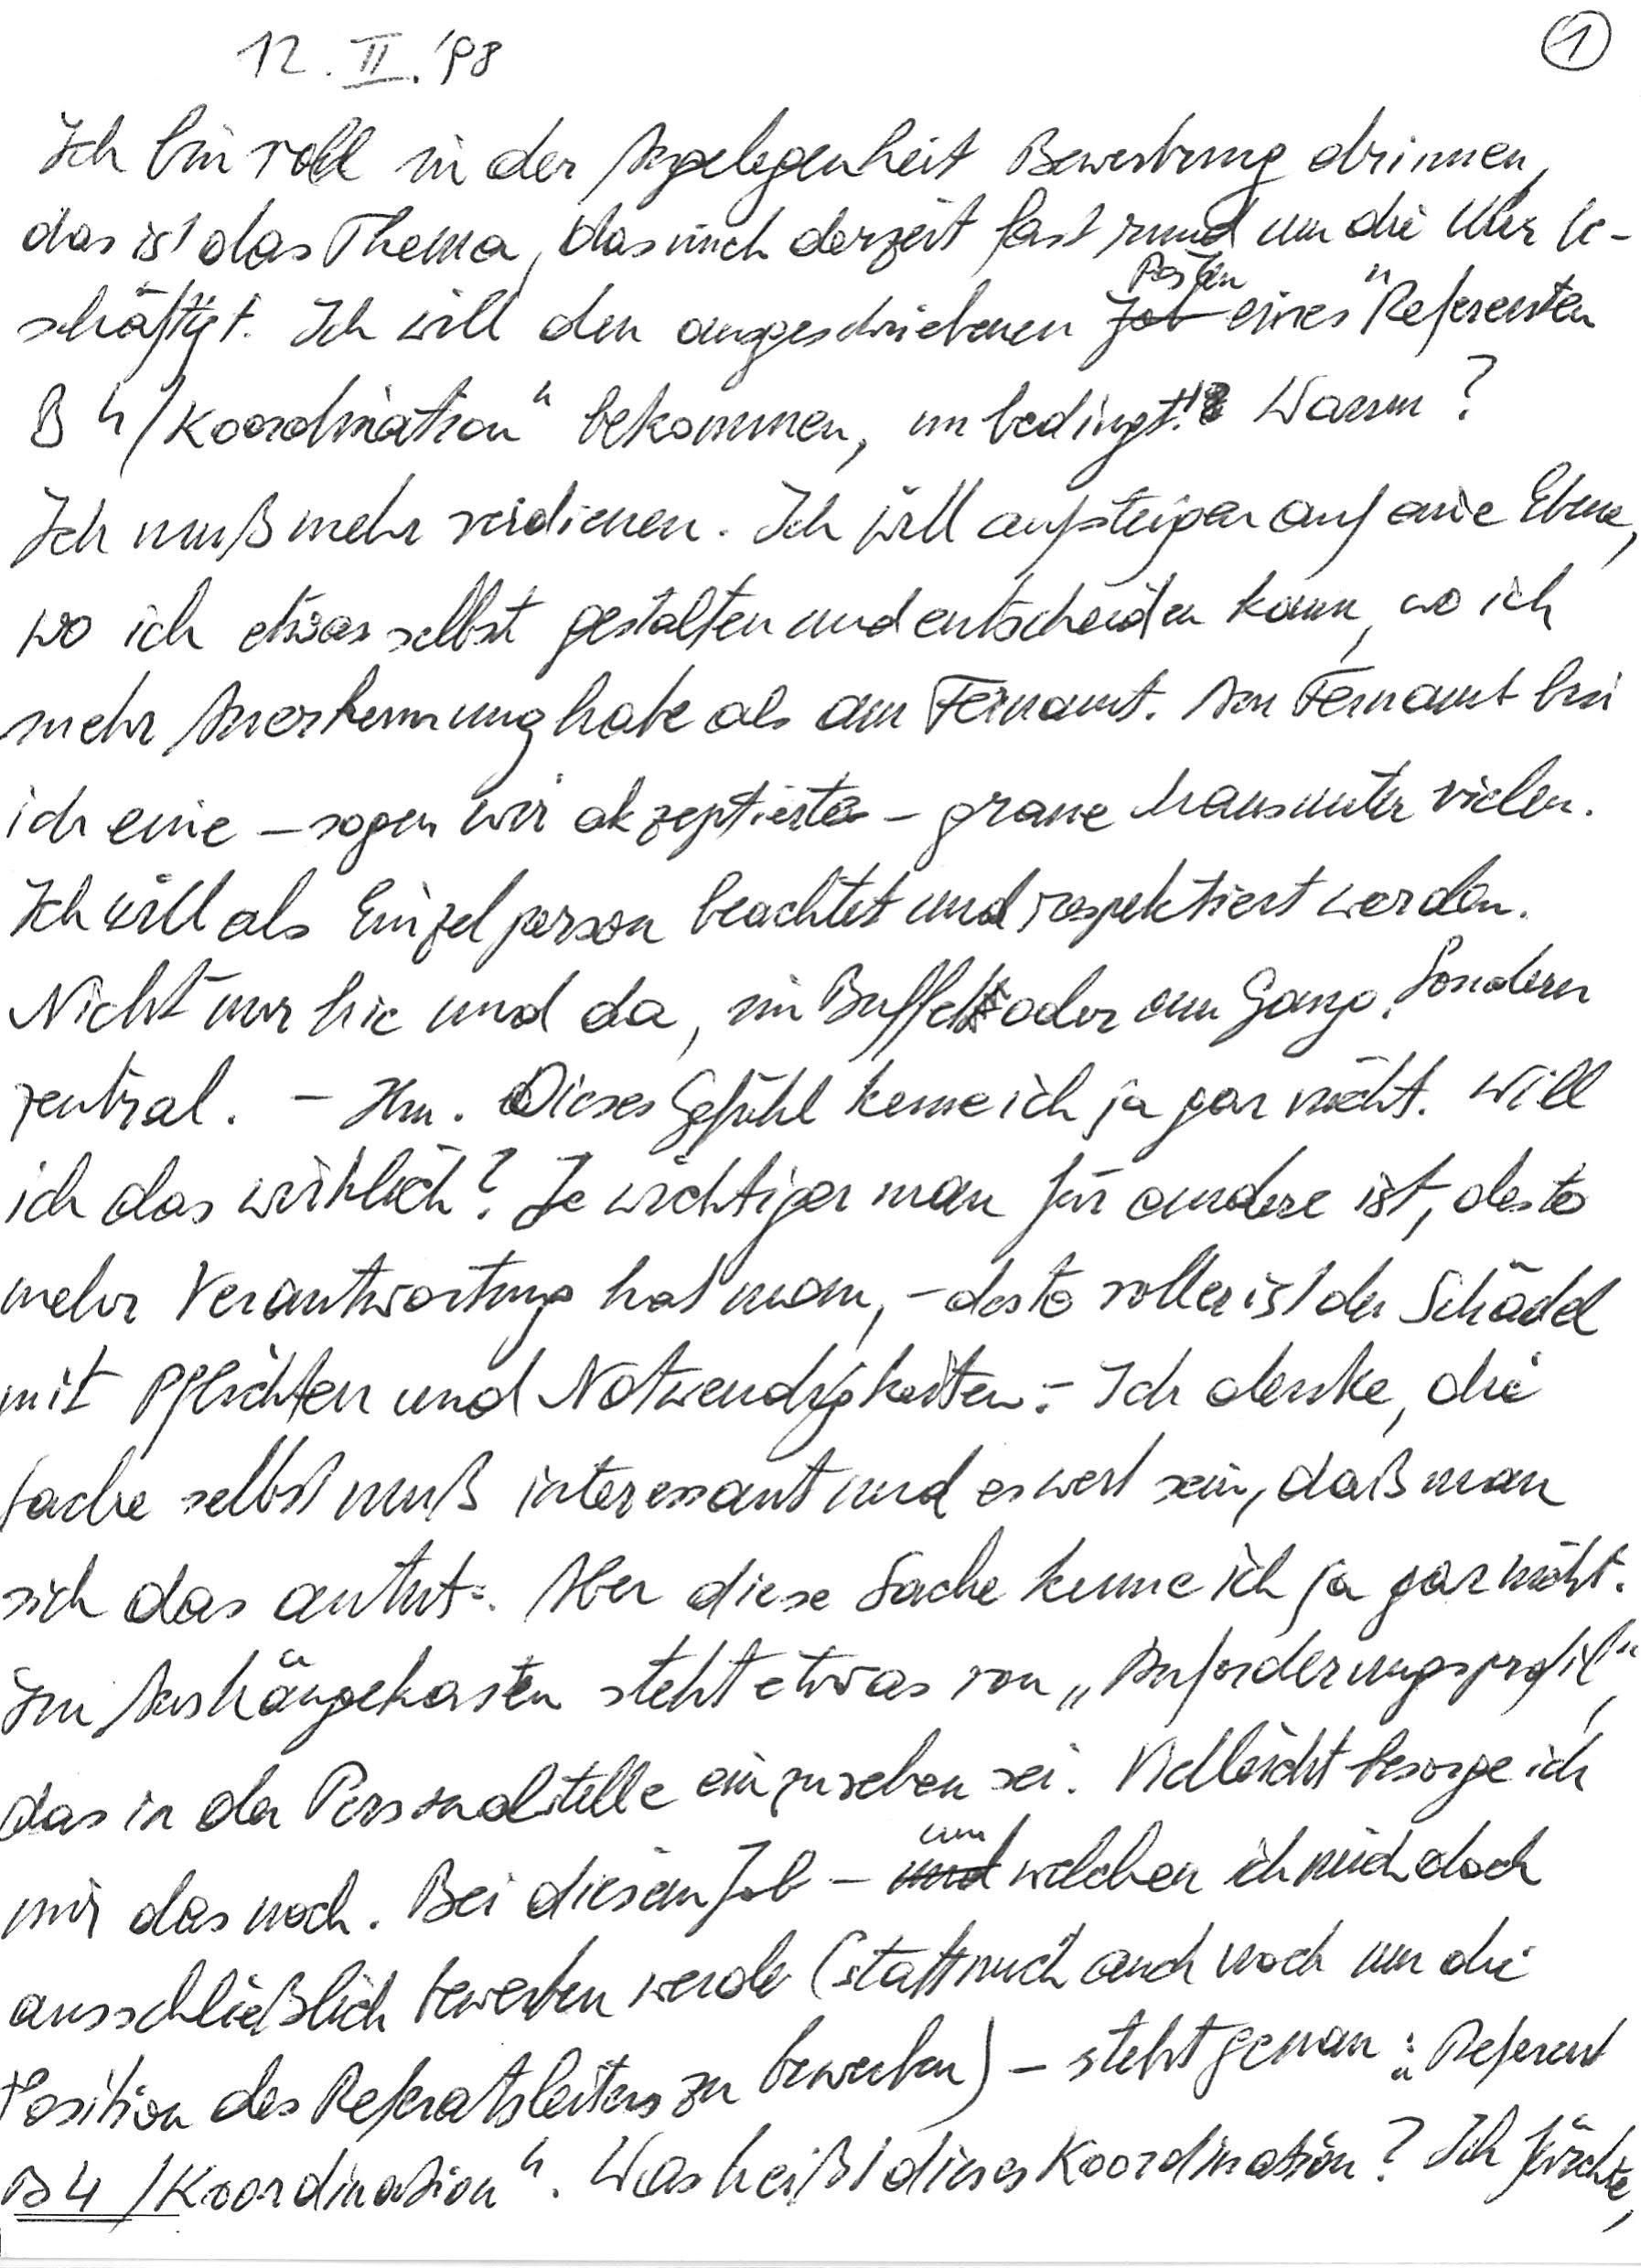
12. II. ‘98
Ich bin voll in der Angelegenheit Bewerbung drinnen,
das ist das Thema, das mich derzeit fast rund um die Uhr be-
schäftigt. Ich will den ausgeschriebenen Posten eines „Referenten
B4/Koordination“ bekommen, unbedingt! Warum?
Ich muß mehr verdienen. Ich will aufsteigen auf eine Ebene,
wo ich etwas selbst gestalten und entscheiden kann, wo ich
mehr Anerkennung habe als am Fernamt. Am Fernamt bin
ich eine – sagen wir akzeptierte – graue Maus unter vielen.
Ich will als Einzelperson beachtet und respektiert werden.
Nicht nur hie und da, im Buffet oder am Gang. Sondern
zentral. – Hm. Dieses Gefühl kenne ich ja gar nicht. Will
ich das wirklich? Je wichtiger man für andere ist, desto
mehr Verantwortung hat man, – desto voller ist der Schädel
mit Pflichten und Notwendigkeiten. – Ich denke, die
Sache selbst muß interessant und es wert sein, daß man
sich das antut. Aber diese Sache kenne ich ja gar nicht.
Im Aushängekasten steht etwas von „Anforderungsprofil“,
das in der Personalstelle einzusehen sei. Vielleicht besorge ich
mir das noch. Bei diesem Job – um welchen ich mich doch
ausschließlich bewerben werde (statt mich auch noch um die
Position des Referatsleiters zu bewerben) – steht genau: „Referent
B4/Koordination“. Was heißt dieses Koordination? Ich fürchte,